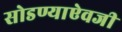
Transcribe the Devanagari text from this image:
सोडण्याऐवजी